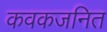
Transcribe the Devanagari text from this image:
कवकजनित